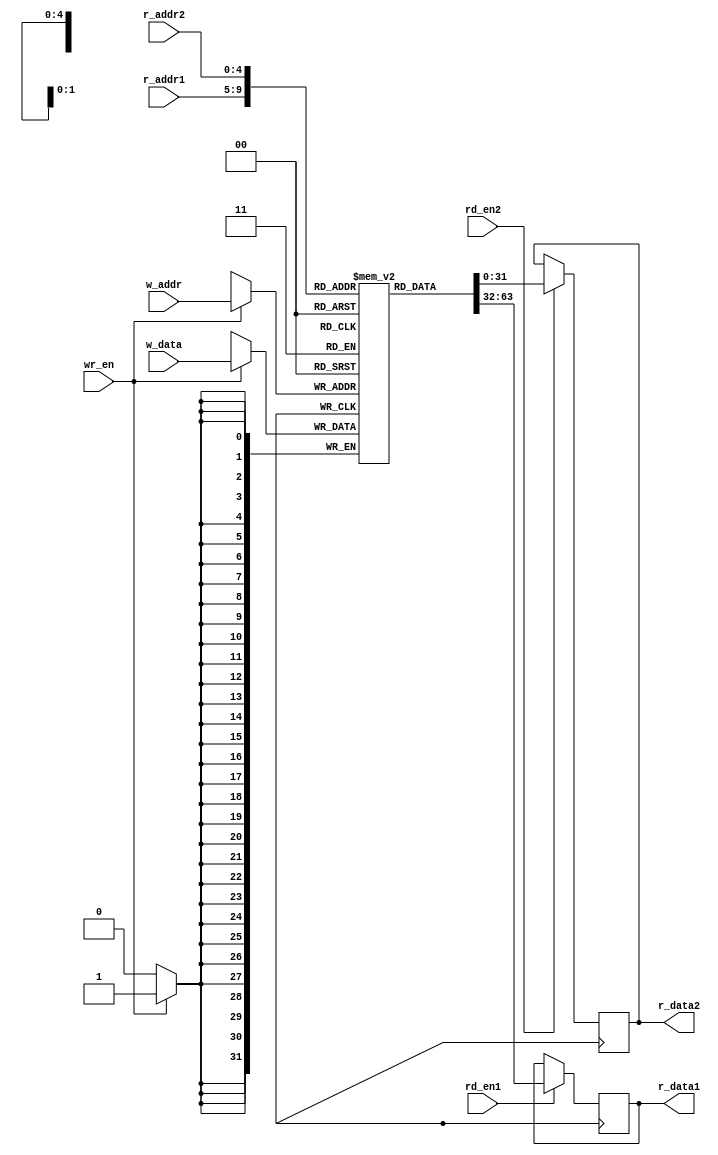
module register_file #(
    parameter DATA_WIDTH = 32,
    parameter ADDR_WIDTH = 5,
    parameter NUM_REGISTERS = 32
)(
    input [ADDR_WIDTH-1:0] r_addr1,
    input [ADDR_WIDTH-1:0] r_addr2,
    input [ADDR_WIDTH-1:0] w_addr,
    input [DATA_WIDTH-1:0] w_data,
    input wr_en,
    input rd_en1,
    input rd_en2,
    output reg [DATA_WIDTH-1:0] r_data1,
    output reg [DATA_WIDTH-1:0] r_data2
);

reg [DATA_WIDTH-1:0] memory [NUM_REGISTERS-1:0];

always @ (posedge clk) begin
    if (wr_en) begin
        memory[w_addr] <= w_data;
    end
    
    if (rd_en1) begin
        r_data1 <= memory[r_addr1];
    end
    
    if (rd_en2) begin
        r_data2 <= memory[r_addr2];
    end
end

endmodule